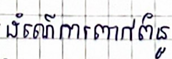
ដំណើរការពាក់ព័ន្ធ